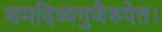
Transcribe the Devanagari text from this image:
समदिव्यगुणैरुपेत।